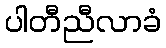
ပါတီညီလာခံ